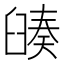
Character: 𦦅